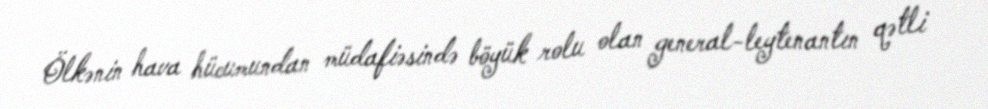
Ölkənin hava hücumundan müdafiəsində böyük rolu olan general-leytenantın qətli